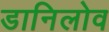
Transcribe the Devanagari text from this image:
डानिलोव